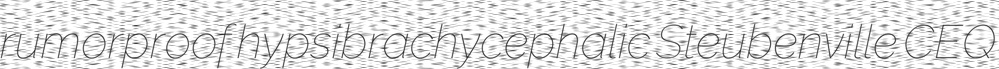
rumorproof hypsibrachycephalic Steubenville CEQ